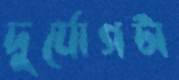
দুর্যোগটা